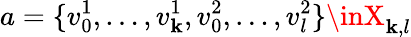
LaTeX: a=\{ v_{0}^{1},\ldots,v_{\mathbf{k}}^{1},v_{0}^{2},\ldots,v_{l}^{2}\} \inX_{\mathbf{k},l}